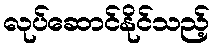
လုပ်ဆောင်နိုင်သည့်